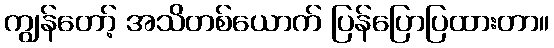
ကျွန်တော့် အသိတစ်ယောက် ပြန်ပြောပြထားတာ။